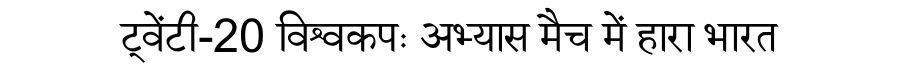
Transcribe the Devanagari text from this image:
ट्वेंटी-20 विश्वकपः अभ्यास मैच में हारा भारत